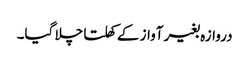
دروازہ بغیر آواز کے کھلتا چلا گیا۔